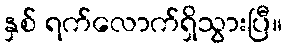
နှစ် ရက်လောက်ရှိသွားပြီ။